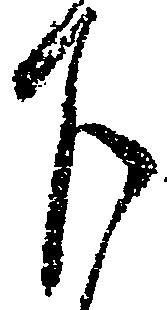
下